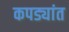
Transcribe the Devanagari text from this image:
कपड्यांत